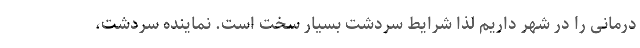
درمانی را در شهر داریم لذا شرایط سردشت بسیار سخت است. نماینده سردشت،